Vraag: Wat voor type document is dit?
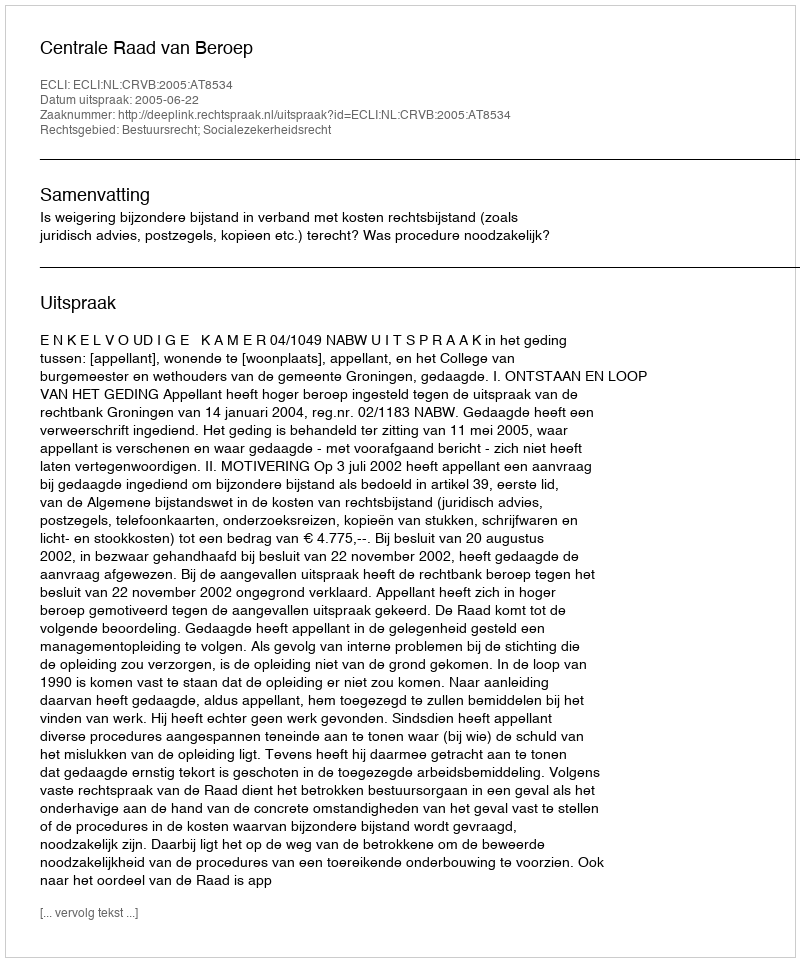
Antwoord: Uitspraak